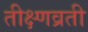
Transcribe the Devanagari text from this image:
तीक्ष्णव्रती